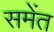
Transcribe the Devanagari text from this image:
समेंत